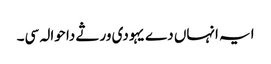
ایہ انہاں دے یہودی ورثے دا حوالہ سی۔